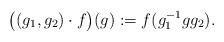
LaTeX: \begin{align*}\bigl((g_1,g_2)\cdot f\bigr)(g):=f(g_1^{-1}gg_2).\end{align*}